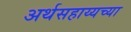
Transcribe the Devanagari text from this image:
अर्थसहाय्यच्या